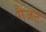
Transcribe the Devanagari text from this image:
गैजट